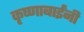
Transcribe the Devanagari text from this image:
कृष्णाबाईंनी